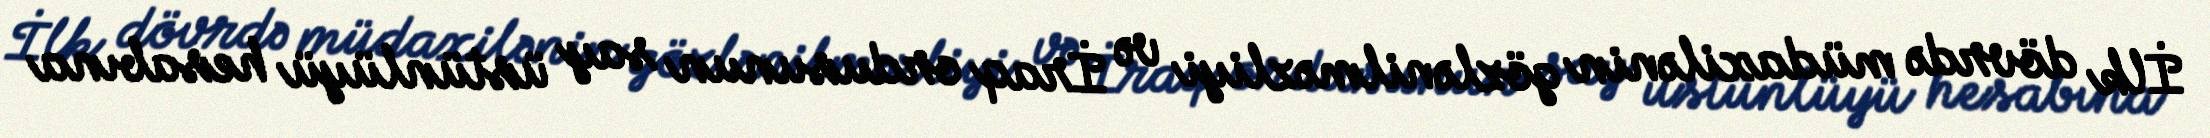
İlk dövrdə müdaxilənin gözlənilməzliyi və İraq ordusunun say üstünlüyü hesabına